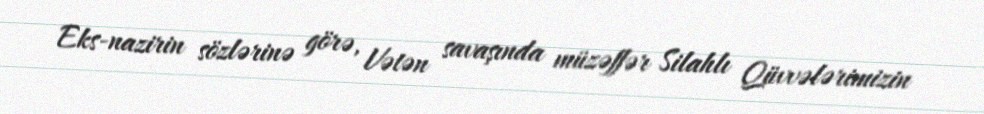
Eks-nazirin sözlərinə görə, Vətən savaşında müzəffər Silahlı Qüvvələrimizin